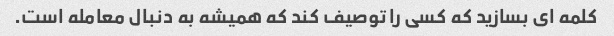
کلمه ای بسازید که کسی را توصیف کند که همیشه به دنبال معامله است.